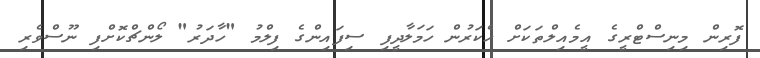
ފޮރިން މިނިސްޓްރީގެ އީމެއިލްތަކަށް ހެކަރުން ހަމަލާދީފި ސިފައިންގެ ފިލްމު "ހާދަރު" ލޯންޗްކޮށްފި ނޫސްވެރި